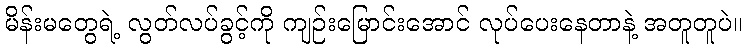
မိန်းမတွေရဲ့ လွတ်လပ်ခွင့်ကို ကျဉ်းမြောင်းအောင် လုပ်ပေးနေတာနဲ့ အတူတူပဲ။